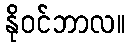
နိုဝင်ဘာလ။